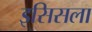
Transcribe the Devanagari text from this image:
इसिसला